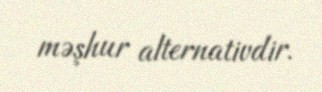
məşhur alternativdir.